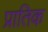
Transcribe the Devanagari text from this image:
प्रातिक